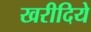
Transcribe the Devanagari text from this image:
खरीदिये